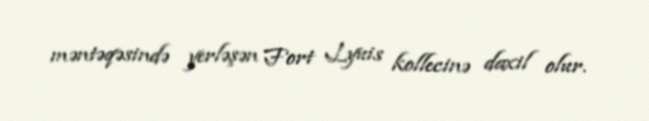
məntəqəsində yerləşən Fort Lyuis kollecinə daxil olur.